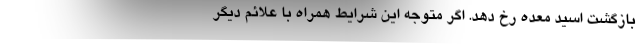
بازگشت اسید معده رخ دهد. اگر متوجه این شرایط همراه با علائم دیگر